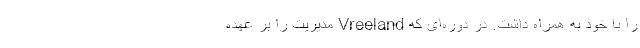
را با خود به همراه داشت. در دوره‌ای که Vreeland مدیریت را بر عهده